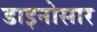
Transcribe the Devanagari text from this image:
डाइनोसार